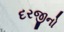
દરજીનો